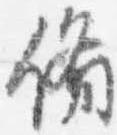
備